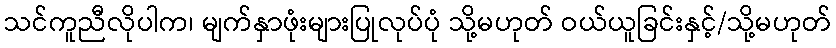
သင်ကူညီလိုပါက၊ မျက်နှာဖုံးများပြုလုပ်ပုံ သို့မဟုတ် ဝယ်ယူခြင်းနှင့်/သို့မဟုတ်